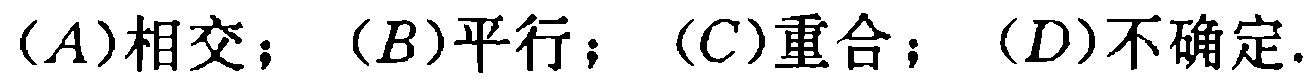
(A)相交；(B)平行；(C)重合；(D)不确定.